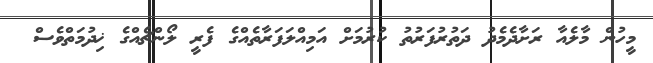
މީހުން މާލެއާ ރަށާދެމެދު ދަތުރުފަރުތު ކުރުމަށް އަމިއްލަފަރާތެއްގެ ފެރީ ލޯންޗެއްގެ ޚިދުމަތްވެސް